Vaccination report Assam 1874-1896 - 1874-1896
Year: 1874
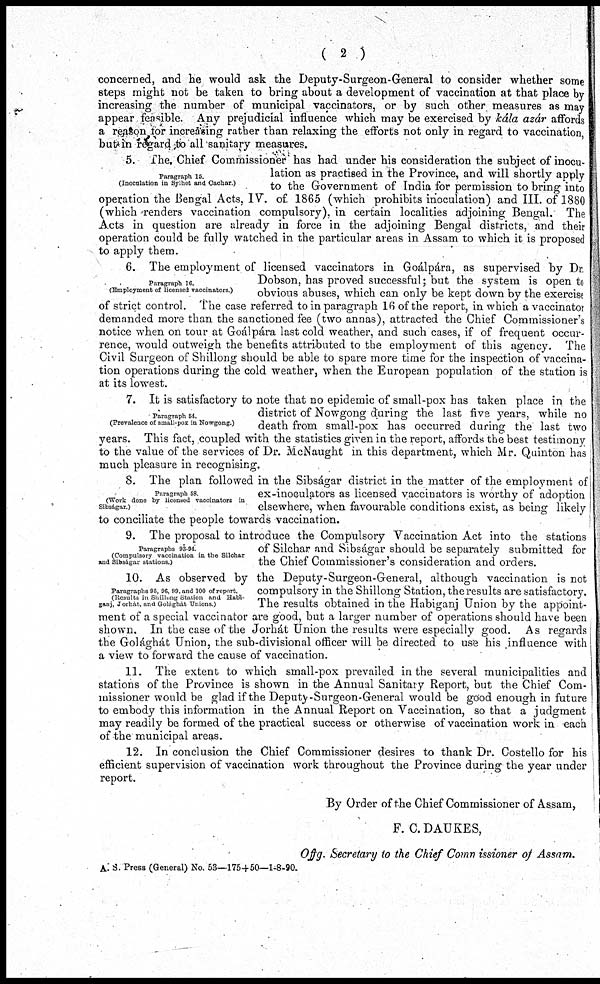
( 2 )
concerned, and he would ask the Deputy-Surgeon-General to consider whether some
steps might not be taken to bring about a development of vaccination at that place by
increasing the number of municipal vaccinators, or by such other measures as may
appear feasible. Any prejudicial influence which may be exercised by kála azár affords
a reason tor increasing rather than relaxing the efforts not only in regard to vaccination,
but in regard to all sanitary measures.
Paragraph 15.
(Inoculation in Sylhet and Cachar )
5. The Chief Commissioner has had under his consideration the subject of inocu-
lation as practised in the Province, and will shortly apply
to the Government of India for permission to bring into
operation the Bengal Acts, IV. of 1865 (which prohibits inoculation) and III. of 1880
(which renders vaccination compulsory), in certain localities adjoining Bengal. The
Acts in question are already in force in the adjoining Bengal districts, and their
operation could be fully watched in the particular areas in Assam to which it is proposed
to apply them.
Paragraph 16.
(Employment of licensed vaccinators.)
6. The employment of licensed vaccinators in Goálpára, as supervised by Dr.
Dobson, has proved successful; but the system is open to
obvious abuses, which can only be kept down by the exercise
of strict control. The case referred to in paragraph 16 of the report, in which a vaccinator
demanded more than the sanctioned fee (two annas), attracted the Chief Commissioner's
notice when on tour at Goál pára last cold weather, and such cases, if of frequent occur-
rence, would outweigh the benefits attributed to the employment of this agency. The
Civil Surgeon of Shillong should be able to spare more time for the inspection of vaccina-
tion operations during the cold weather, when the European population of the station is
at its lowest.
Paragraph 54.
(Prevalence of small-pox in Nowgong.)
7. It is satisfactory to note that no epidemic of small-pox has taken place in the
district of Nowgong during the last five years, while no
death from small-pox has occurred during the last two
years. This fact, coupled with the statistics given in the report, affords the best testimony
to the value of the services of Dr. McNaught in this department, which Mr. Quinton has
much pleasure in recognising.
Paragraph 58.
(Work done by licensed vaccinators in
Sibságar)
8. The plan followed in the Sibságar district in the matter of the employment of
ex-inoculators as licensed vaccinators is worthy of adoption
elsewhere, when favourable conditions exist, as being likely
to conciliate the people towards vaccination.
Paragraphs 93-94.
(Compulsory vaccination in the Silchar
and Sibságar stations.)
9. The proposal to introduce the Compulsory Vaccination Act into the stations
of Silchar and Sibságar should be separately submitted for
the Chief Commissioner's consideration and orders.
Paragraphs 95, 96, 99. and 100 of report
(Results in Shillong Station and Habi¬
ganj, Jorhát, and Golághát Unions)
10. As observed by the Deputy-Surgeon-General, although vaccination is not
compulsory in the Shillong Station, the results are satisfactory.
The results obtained in the Habiganj Union by the appoint-
ment of a special vaccinator are good, but a larger number of operations should have been
shown. In the case of the Jorhát Union the results were especially good. As regards
the Golághát Union, the sub-divisional officer will be directed to use his influence with
a view to forward the cause of vaccination.
11. The extent to which small-pox prevailed in the several municipalities and
stations of the Province is shown in the Annual Sanitary Report, but the Chief Com-
missioner would be glad if the Deputy-Surgeon-General would be good enough in future
to embody this information in the Annual Report on Vaccination, so that a judgment
may readily be formed of the practical success or otherwise of vaccination work in each
of the municipal areas.
12. In conclusion the Chief Commissioner desires to thank Dr. Costello for his
efficient supervision of vaccination work throughout the Province during the year under
report.
By Order of the Chief Commissioner of Assam,
F. C. DAUKES,
Offg. Secretary to the Chief Commissioner of Assam.
A. S. Press (General) No. 53—175+50—1-8-90.